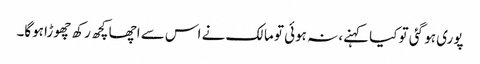
پوری ہو گئی تو کیا کہنے، نہ ہوئی تو مالک نے اس سے اچھا کچھ رکھ چھوڑا ہوگا۔